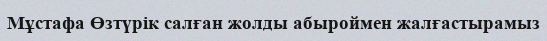
Мұстафа Өзтүрiк салған жолды абыроймен жалғастырамыз